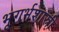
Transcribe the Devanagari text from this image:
भूगर्भशास्री